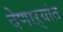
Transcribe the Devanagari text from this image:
देणाऱ्यांत